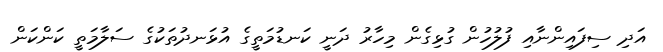
އަދި ސިފައިންނާއި ފުލުހުން ގުޅިގެން މިހާރު ދަނީ ކަނޑުމަތީގެ އުޅަނދުތަކުގެ ސަލާމަތީ ކަންކަން